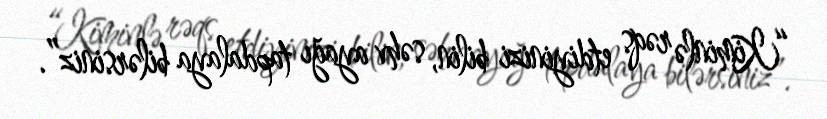
“Kiminlə rəqs etdiyinizi bilin, səhv ayağı tapdalaya bilərsiniz”.